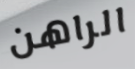
الراهن